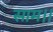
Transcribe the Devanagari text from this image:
साम।।